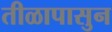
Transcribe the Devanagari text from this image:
तीळापासुन